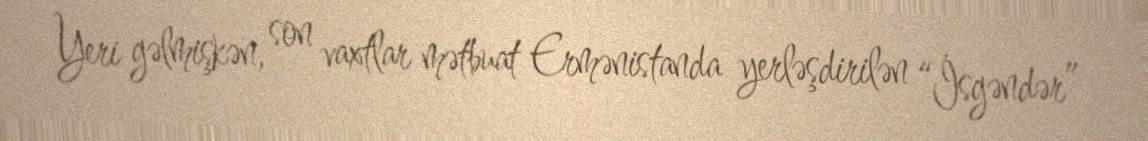
Yeri gəlmişkən, son vaxtlar mətbuat Ermənistanda yerləşdirilən “İsgəndər”